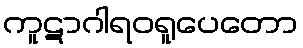
ကူဋာဂါရဝရူပေတော